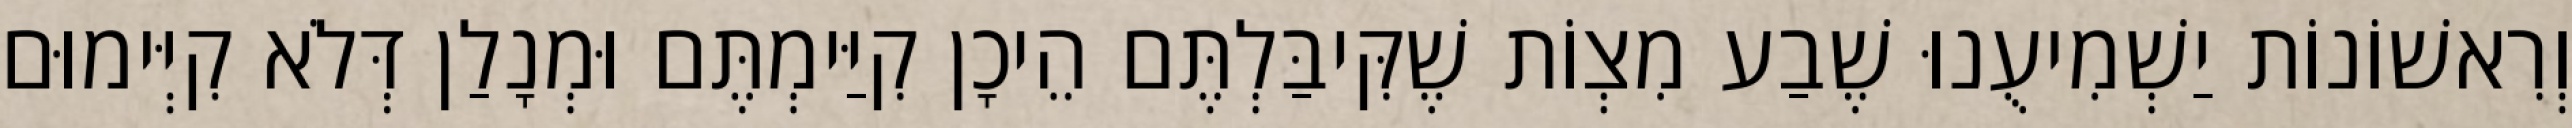
וְרִאשׁוֹנוֹת יַשְׁמִיעֻנוּ שֶׁבַע מִצְוֹת שֶׁקִּיבַּלְתֶּם הֵיכָן קִיַּימְתֶּם וּמְנָלַן דְּלֹא קִיְּימוּם